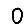
Digit: 0